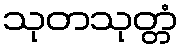
သုတသုတ္တံ